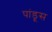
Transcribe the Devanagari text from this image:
पांडूस